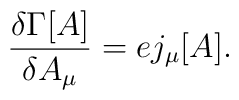
\frac{\delta \Gamma[A]}{\delta A_{\mu}} = e j_{\mu}[A].